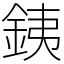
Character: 銕